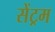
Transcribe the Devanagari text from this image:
सेंट्रम